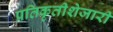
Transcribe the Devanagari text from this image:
प्रतिकृतीशेजारी